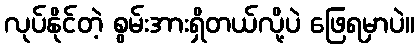
လုပ်နိုင်တဲ့ စွမ်းအားရှိတယ်လို့ပဲ ဖြေရမှာပဲ။